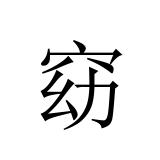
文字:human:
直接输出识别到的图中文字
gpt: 窈